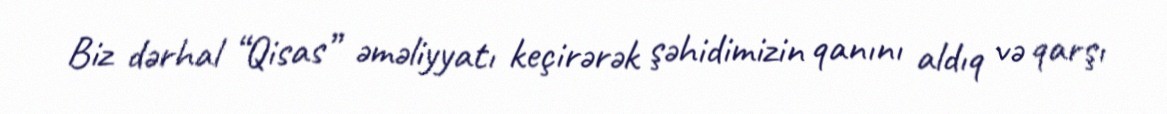
Biz dərhal “Qisas” əməliyyatı keçirərək şəhidimizin qanını aldıq və qarşı